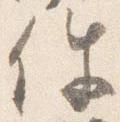
件